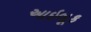
આઇબૂક